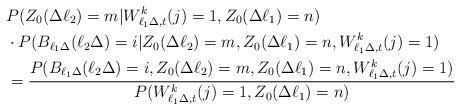
LaTeX: \begin{align*}& P(Z_0(\Delta\ell_2)=m|W^k_{\ell_1\Delta,t}(j)=1,Z_0(\Delta \ell_1)=n) \\&\cdot P(B_{\ell_1\Delta}(\ell_2\Delta)=i|Z_0(\Delta\ell_2)=m,Z_0(\Delta \ell_1)=n,W^k_{\ell_1\Delta,t}(j)=1)\\&= \frac{P(B_{\ell_1\Delta}(\ell_2\Delta)=i,Z_0(\Delta\ell_2)=m,Z_0(\Delta \ell_1)=n,W^k_{\ell_1\Delta,t}(j)=1)}{ P(W^k_{\ell_1\Delta,t}(j)=1,Z_0(\Delta \ell_1)=n)}\end{align*}